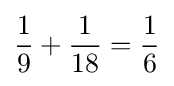
{\frac {1}{9}}+{\frac {1}{18}}={\frac {1}{6}}